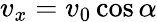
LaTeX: v_{x}=v_{0}\cos\alpha